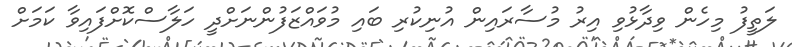
ލަތީފު މިހެން ވިދާޅުވި އިރު މުސާރައިން އުނިކުރި ބައި މުވައްޒަފުންނަށްދީ ހަލާސްކޮށްފައިވާ ކަމަށް